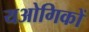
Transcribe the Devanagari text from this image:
यओगिकों